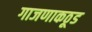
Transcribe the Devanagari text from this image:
गाजणाकठूड